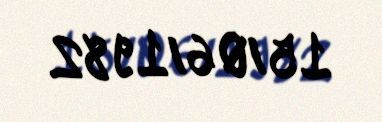
15/06/1982